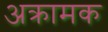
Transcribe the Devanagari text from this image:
अक्रामक